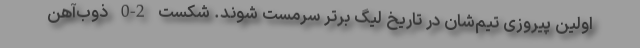
اولین پیروزی تیم‌شان در تاریخ لیگ برتر سرمست شوند. شکست 2-0 ذوب‌آهن